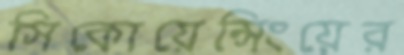
সিকোয়েন্সিংয়ের